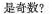
是奇数?